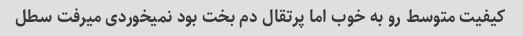
کیفیت متوسط رو به خوب اما پرتقال دم بخت بود نمیخوردی میرفت سطل